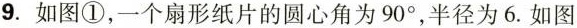
9.如图①，一个扇形纸片的圆心角为90°，半径为6.如图